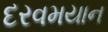
દરવમયાન